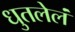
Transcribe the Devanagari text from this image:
धुतलेलं